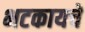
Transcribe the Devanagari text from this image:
भटकायचे